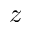
z